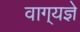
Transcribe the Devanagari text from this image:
वाग्‌यज्ञे